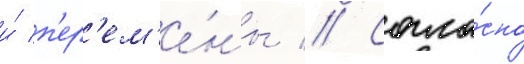
и́ п'ер'ем'е́ны // Согла́сно